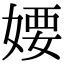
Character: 婹